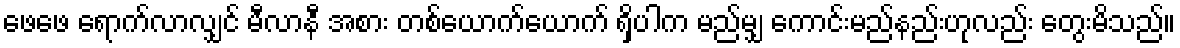
ဖေဖေ ရောက်လာလျှင် မီလာနီ အစား တစ်ယောက်ယောက် ရှိပါက မည်မျှ ကောင်းမည်နည်းဟုလည်း တွေးမိသည်။